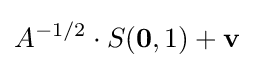
A^{-1/2}\cdot S(\mathbf {0} ,1)+\mathbf {v}